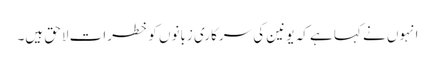
انہوں نے کہا ہے کہ یونین کی سرکاری زبانوں کو خطرات لاحق ہیں۔